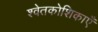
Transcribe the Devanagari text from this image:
श्वेतकोशिकाएँ